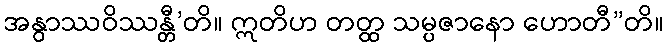
အနွာဿဝိဿန္တီ’တိ။ ဣတိဟ တတ္ထ သမ္ပဇာနော ဟောတီ”တိ။